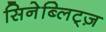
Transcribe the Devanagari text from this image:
सिनेब्लिट्ज़